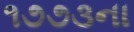
૧૭૭૩ના